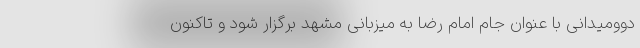
دوومیدانی با عنوان جام امام رضا به میزبانی مشهد برگزار شود و تاکنون